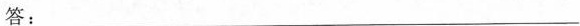
答：___